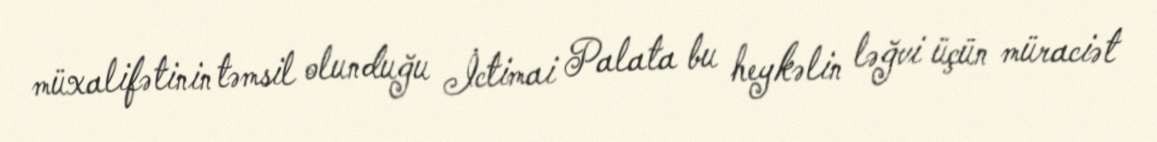
müxalifətinin təmsil olunduğu İctimai Palata bu heykəlin ləğvi üçün müraciət